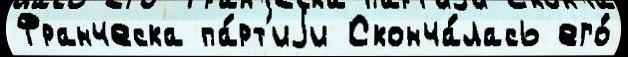
Франческа па́рт'иjи Сконча́лась его́